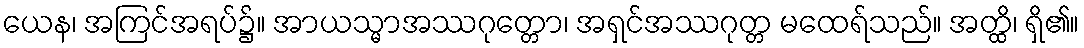
ယေန၊ အကြင်အရပ်၌။ အာယသ္မာအဿဂုတ္တော၊ အရှင်အဿဂုတ္တ မထေရ်သည်။ အတ္ထိ၊ ရှိ၏။